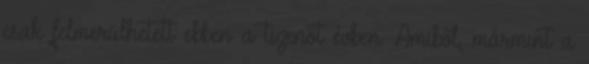
csak felmerülhetett ebben a tizenöt évben. Amiből, mármint a